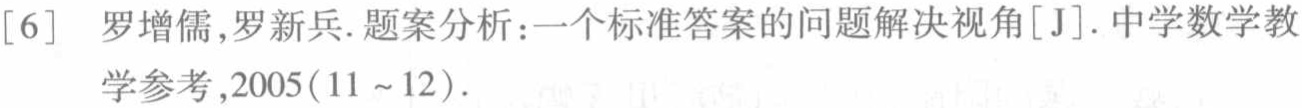
[6] 罗增儒,罗新兵. 题案分析：一个标准答案的问题解决视角[J]. 中学数学教学参考,2005(11 ~ 12).